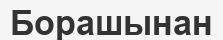
Борашынан